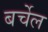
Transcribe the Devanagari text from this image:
बर्चेल